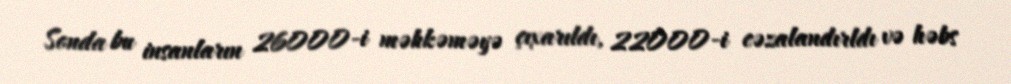
Sonda bu insanların 26000-i məhkəməyə çıxarıldı, 22000-i cəzalandırldı və həbs